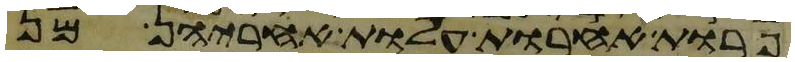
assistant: פרות אחרות עלות אחריהן מן